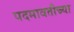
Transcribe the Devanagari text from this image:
पदमावतीच्या